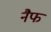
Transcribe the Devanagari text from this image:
नैफ